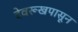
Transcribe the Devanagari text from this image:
देवरूखपासून